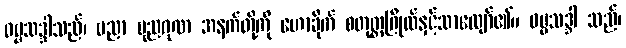
ဓမ္မသဒ္ဒါသည်၊ ပညာ ပုညဂုဏ အနက်တို့ကို ဟောခိုက် စတုတ္ထဂြိုလ်နှင့်သာလျော်၏။ ဓမ္မသဒ္ဒါ သည်၊